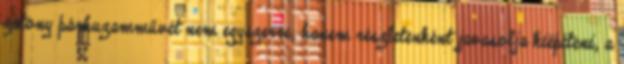
zátony párhuzamművét nem egyszerre, hanem részletenként javasolja kiépíteni, a